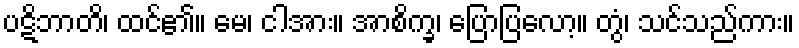
ပဋိဘာတိ၊ ထင်၏။ မေ၊ ငါအား။ အာစိက္ခ၊ ပြောပြလော့။ တွံ၊ သင်သည်ကား။